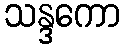
သန္ဒကော